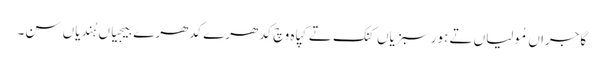
گاجراں مُولیاں تے ہور سبزیاں کنک تے کپاہ وچ کِدھرے کِدھرے بیجیاں ہُندیاں سن۔